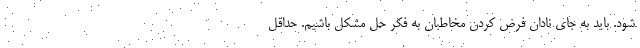
شود. باید به جای نادان فرض کردن مخاطبان به فکر حل مشکل باشیم. حداقل